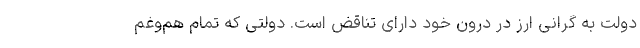
دولت به گرانی ارز در درون خود دارای تناقض است. دولتی که تمام هم‌وغم